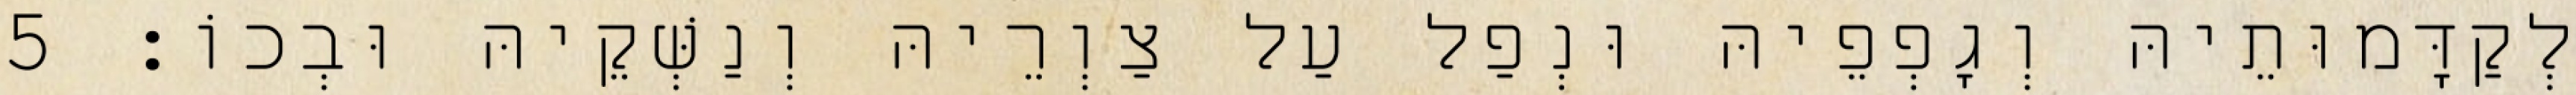
לְקַדָּמוּתֵיהּ וְגָפְפֵיהּ וּנְפַל עַל צַוְרֵיהּ וְנַשְּׁקֵיהּ וּבְכוֹ׃ 5